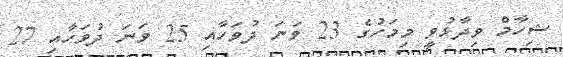
ޝިހާމް ވިދާޅުވީ މިމަހުގެ 23 ވަނަ ދުވަހާއި 25 ވަނަ ދުވަހާއި 27